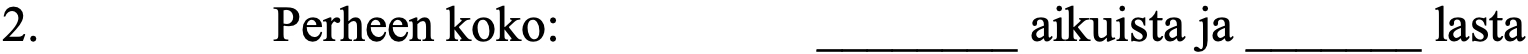
2.       Perheen koko:     ________ aikuista ja _______ lasta